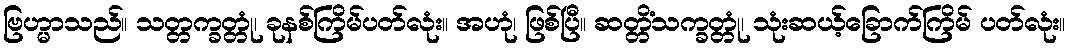
ဗြဟ္မာသည်။ သတ္တက္ခတ္တုံ၊ ခုနစ်ကြိမ်ပတ်လုံး။ အဟုံ၊ ဖြစ်ပြီ။ ဆတ္တိံသက္ခတ္တုံ၊ သုံးဆယ့်ခြောက်ကြိမ် ပတ်လုံး။